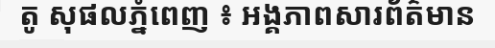
តូ សុផលភ្នំពេញ ៖ អង្គភាពសារព័ត៌មាន